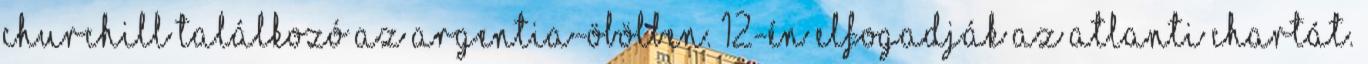
Churchill találkozó az Argentia-öbölben. 12-én elfogadják az Atlanti Chartát.